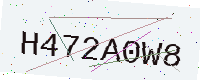
Text: H472A0W8